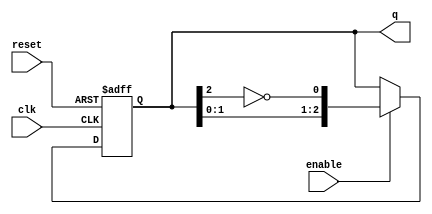
module johnson_counter #(
    parameter n = 3  // Number of flip-flops (configurable)
)(
    input wire clk,     // Clock input
    input wire reset,   // Asynchronous reset input
    input wire enable,  // Enable signal
    output reg [n-1:0] q // Output state of the counter
);

// Always block for the Johnson counter
always @(posedge clk or posedge reset) begin
    if (reset) begin
        // Reset the counter to 0
        q <= 0;
    end else if (enable) begin
        // Johnson counter logic
        q <= {q[n-2:0], ~q[n-1]}; // Shift left and invert the last bit
    end
end

endmodule